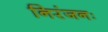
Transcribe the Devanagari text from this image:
निरंजनः